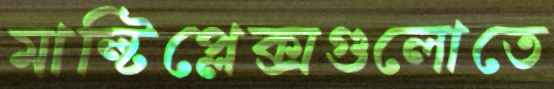
মাল্টিপ্লেক্সগুলোতে